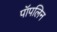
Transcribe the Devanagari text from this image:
पॉपलिन